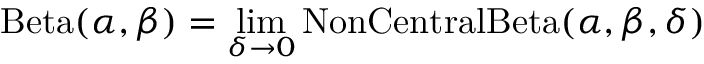
\operatorname { B e t a } ( \alpha , \beta ) = \operatorname* { l i m } _ { \delta \to 0 } \mathrm { { N o n C e n t r a l B e t a } } ( \alpha , \beta , \delta )